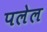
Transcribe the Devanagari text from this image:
पलेल